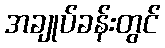
အချုပ်ခန်းတွင်